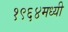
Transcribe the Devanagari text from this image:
१९६४मध्यी